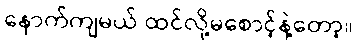
နောက်ကျမယ် ထင်လို့မစောင့်နဲ့တော့။